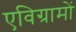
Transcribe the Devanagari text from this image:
एविग्रामों